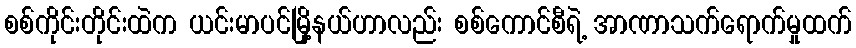
စစ်ကိုင်းတိုင်းထဲက ယင်းမာပင်မြို့နယ်ဟာလည်း စစ်ကောင်စီရဲ့ အာဏာသက်ရောက်မှုထက်